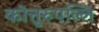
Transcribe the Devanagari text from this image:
कोत्तुरुपल्लि